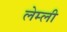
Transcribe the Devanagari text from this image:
लेम्ली